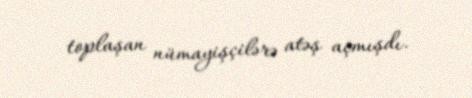
toplaşan nümayişçilərə atəş açmışdı.